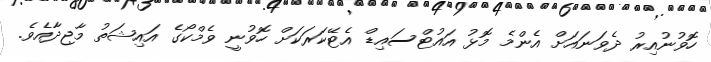
ހޮވުނުއިރު ދެވަނައަށް އެންމެ މޮޅު އައުޓްސައިޑް އެޓޭކަރަކަށް ހޮވުނީ ވެމްކޯގެ އައިޝަތު މާޖިދާއެވެ.